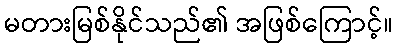
မတားမြစ်နိုင်သည်၏ အဖြစ်ကြောင့်။